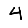
Digit: 4